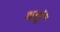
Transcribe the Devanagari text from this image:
आद्रें